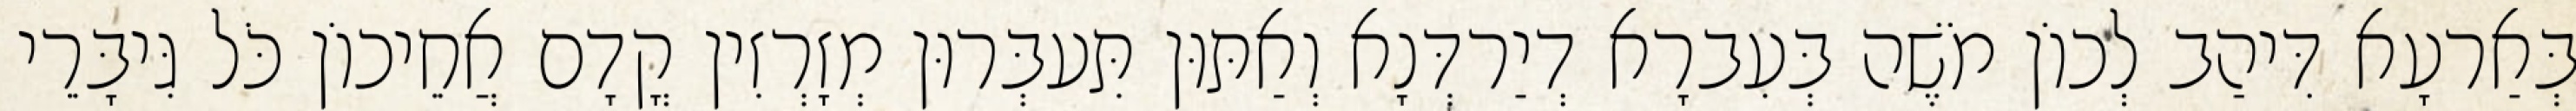
בְּאַרעָא דִּיהַב לְכוֹן מֹשֶׁה בְּעִברָא דְיַרדְּנָא וְאַתּוּן תִּעבְּרוּן מְזָרְזִין קֳדָם אֲחֵיכוֹן כֹּל גִּיבָּרֵי